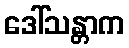
ဒေါ်သန္တာက